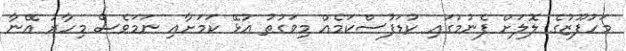
މަހުފޫޒުގެ ލޮލަށް ފެނުމުގައި ކުޑަފުސްކަމެއް މިވަގުތު އުޅޭ ކަމަށާއި ނަމަވެސް މިހާރު އޭނާ